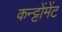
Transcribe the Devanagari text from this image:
कन्ट्टोंमेंट